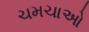
ચમચાઓ